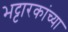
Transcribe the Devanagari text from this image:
भट्टारकांच्या